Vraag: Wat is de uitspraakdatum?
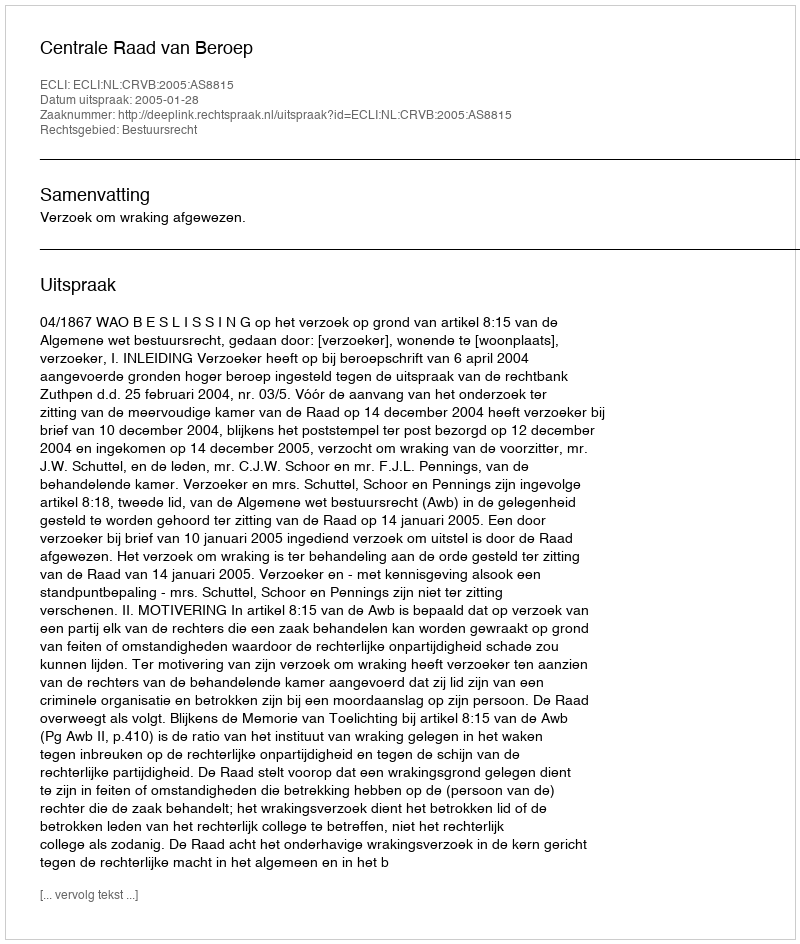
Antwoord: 2005-01-28